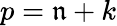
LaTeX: p=\mathfrak{n}+k